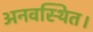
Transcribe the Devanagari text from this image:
अनवस्थित।